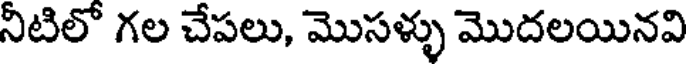
నీటిలో గల చేపలు, మొసళ్ళు మొదలయినవి